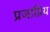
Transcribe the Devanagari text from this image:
प्रजाप्रिय